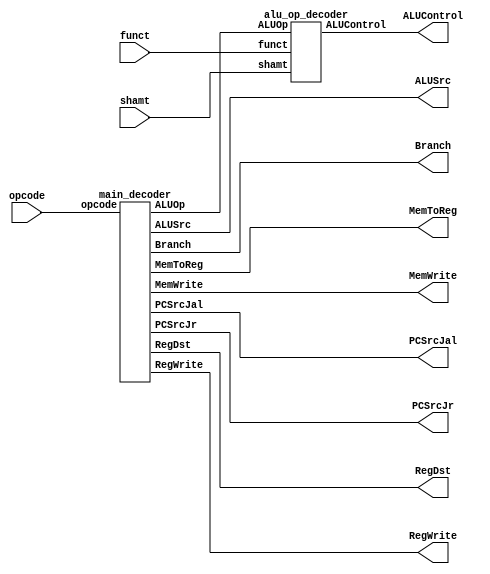
module control_unit(
    input [5:0] opcode, funct,
    input [4:0] shamt,
    output PCSrcJal, PCSrcJr, RegWrite, MemToReg, MemWrite, ALUSrc, RegDst, Branch,
    output [3:0] ALUControl
);

    wire [1:0] ALUOp;

    main_decoder main_decoder(opcode, PCSrcJal, PCSrcJr, RegWrite, MemToReg, MemWrite, ALUSrc, RegDst, Branch, ALUOp);
    alu_op_decoder alu_op_decoder(ALUOp, shamt, funct, ALUControl);
endmodule


module main_decoder(
    input[5:0] opcode,
    output reg PCSrcJal, PCSrcJr, RegWrite, MemToReg, MemWrite, ALUSrc, RegDst, Branch,
    output reg [1:0] ALUOp
);

    always@(*) begin
        case (opcode)
            'b000000: begin // R type instruction
                RegWrite = 'b1;
                RegDst = 'b1;
                ALUSrc = 'b0;
                ALUOp = 'b10;
                Branch = 'b0;
                MemWrite = 'b0;
                MemToReg = 'b0;
                PCSrcJal = 'b0;
                PCSrcJr = 'b0;
            end
            'b100011: begin // lw
                RegWrite = 'b1;
                RegDst = 'b0;
                ALUSrc = 'b1;
                ALUOp = 'b00;
                Branch = 'b0;
                MemWrite = 'b0;
                MemToReg = 'b1;
                PCSrcJal = 'b0;
                PCSrcJr = 'b0;
            end
            'b101011: begin // sw
                RegWrite = 'b0;
                RegDst = 'b0;
                ALUSrc = 'b1;
                ALUOp = 'b00;
                Branch = 'b0;
                MemWrite = 'b1;
                MemToReg = 'b0;
                PCSrcJal = 'b0;
                PCSrcJr = 'b0;
            end
            'b000100: begin // beq
                RegWrite = 'b0;
                RegDst = 'b0;
                ALUSrc = 'b0;
                ALUOp = 'b01;
                Branch = 'b1;
                MemWrite = 'b0;
                MemToReg = 'b0;
                PCSrcJal = 'b0;
                PCSrcJr = 'b0;
            end
            'b001000: begin // addi
                RegWrite = 'b1;
                RegDst = 'b0;
                ALUSrc = 'b1;
                ALUOp = 'b00;
                Branch = 'b0;
                MemWrite = 'b0;
                MemToReg = 'b0;
                PCSrcJal = 'b0;
                PCSrcJr = 'b0;
            end
            'b000011: begin // jal
                RegWrite = 'b1;
                RegDst = 'b0;
                ALUSrc = 'b0;
                ALUOp = 'b00;
                Branch = 'b0;
                MemWrite = 'b0;
                MemToReg = 'b0;
                PCSrcJal = 'b1;
                PCSrcJr = 'b0;
            end
            'b000010: begin // j
                RegWrite = 'b0;
                RegDst = 'b0;
                ALUSrc = 'b0;
                ALUOp = 'b00;
                Branch = 'b0;
                MemWrite = 'b0;
                MemToReg = 'b0;
                PCSrcJal = 'b1;
                PCSrcJr = 'b0;
            end
            'b000111: begin // jr
                RegWrite = 'b0;
                RegDst = 'b0;
                ALUSrc = 'b0;
                ALUOp = 'b00;
                Branch = 'b0;
                MemWrite = 'b0;
                MemToReg = 'b0;
                PCSrcJal = 'b0;
                PCSrcJr = 'b1;
            end
            'b011111: begin // addu[_s].qb
                RegWrite = 'b1;
                RegDst = 'b1;
                ALUSrc = 'b0;
                ALUOp = 'b11;
                Branch = 'b0;
                MemWrite = 'b0;
                MemToReg = 'b0;
                PCSrcJal = 'b0;
                PCSrcJr = 'b0;
            end
            default: begin
                RegWrite = 'b0;
                RegDst = 'b0;
                ALUSrc = 'b0;
                ALUOp = 'b00;
                Branch = 'b0;
                MemWrite = 'b0;
                MemToReg = 'b0;
                PCSrcJal = 'b0;
                PCSrcJr = 'b0;
            end
        endcase
    end
endmodule

module alu_op_decoder(
    input [1:0] ALUOp,
    input[4:0] shamt,
    input[5:0] funct,
    output reg [3:0] ALUControl
);

    always @(*) begin
        case (ALUOp)
            'b00: ALUControl = 'b0010; // addition
            'b01: ALUControl = 'b0110; //subtraction
            'b10: begin
                case (funct)
                    'b100000: ALUControl = 'b0010; //addition
                    'b100010: ALUControl = 'b0110; //subtraction
                    'b100100: ALUControl = 'b0000; //and
                    'b100101: ALUControl = 'b0001; //or
                    'b101010: ALUControl = 'b0111; //slt
                    'b000100: ALUControl = 'b1100; //sllv
                    'b000110: ALUControl = 'b1110; //srlv
                    'b000111: ALUControl = 'b1111; //srav
                     default: ALUControl = 'b0000;
                endcase
            end
            'b11: begin
                if (funct == 'b010000) // only 'b010000 funct valid
                    case (shamt)
                        'b00000: ALUControl = 'b1000; //addition byte after byte
                        'b00100: ALUControl = 'b1001; //saturated addition byte after byte
                         default: ALUControl = 'b0000;
                    endcase
                else 
                    ALUControl = 'b0000;
            end
            default: ALUControl = 'b0000;
        endcase
    end
endmodule